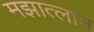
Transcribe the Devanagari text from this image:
मझात्लान